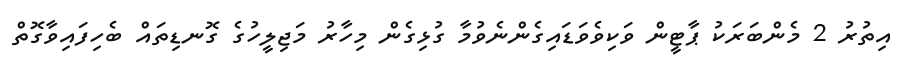
އިތުރު 2 މެންބަރަކު ޕާޓީން ވަކިވެވަޑައިގެންނެވުމާ ގުޅިގެން މިހާރު މަޖިލީހުގެ ގޮނޑިތައް ބެހިފައިވާގޮތް